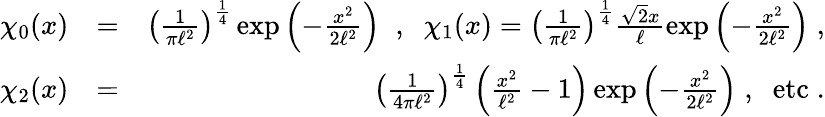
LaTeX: \begin{array}{rlr}{\chi_{0}(x)}&{=}&{\left(\frac{1}{\pi\ell^{2}}\right)^{\frac{1}{4}}\exp\left(-\frac{x^{2}}{2\ell^{2}}\right)\; \; ,\; \; \chi_{1}(x)=\left(\frac{1}{\pi\ell^{2}}\right)^{\frac{1}{4}}\frac{\sqrt{2}x}{\ell}\exp\left(-\frac{x^{2}}{2\ell^{2}}\right)\; ,}\\ {\chi_{2}(x)}&{=}&{\left(\frac{1}{4\pi\ell^{2}}\right)^{\frac{1}{4}}\left(\frac{x^{2}}{\ell^{2}}-1\right)\exp\left(-\frac{x^{2}}{2\ell^{2}}\right)\; ,\; \; \mathrm{etc}\; .}\end{array}